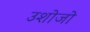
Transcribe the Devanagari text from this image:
उशोजो